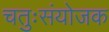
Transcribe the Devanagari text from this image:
चतुःसंयोजक